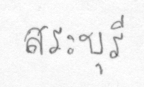
สระบุรี